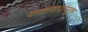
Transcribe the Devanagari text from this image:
रावणापासून